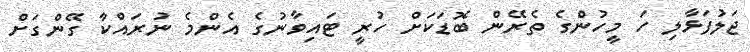
ޖަލުފަޅާލި ހަ މީހުންގެ ތެރޭން ބޮޑަކަށް ހުރީ ޓައިވާނުގެ އެންމެ ނުރައްކާ ގޭންގަށް